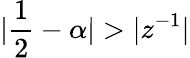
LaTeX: |\frac{1}{2}-\alpha|>|{z}^{-1}|